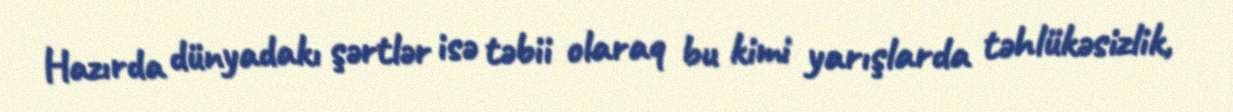
Hazırda dünyadakı şərtlər isə təbii olaraq bu kimi yarışlarda təhlükəsizlik,